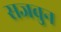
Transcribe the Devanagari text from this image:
सजवुन